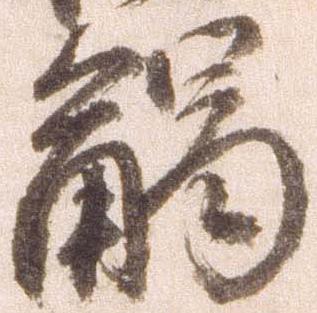
触